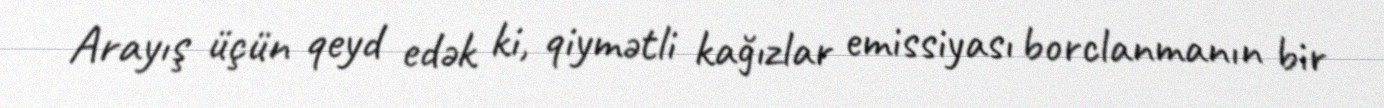
Arayış üçün qeyd edək ki, qiymətli kağızlar emissiyası borclanmanın bir